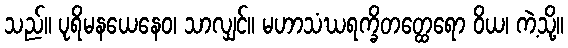
သည်။ ပုရိမနယေနေဝ၊ သာလျှင်။ မဟာသံဃရက္ခိတတ္ထေရော ဝိယ၊ ကဲ့သို့။